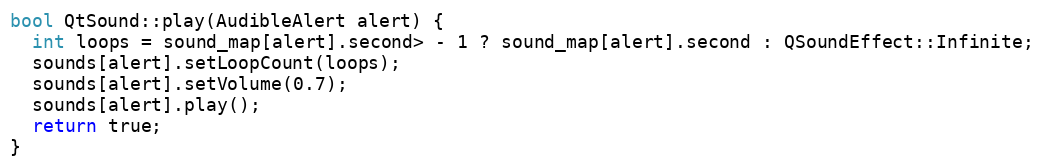
Language: C++
bool QtSound::play(AudibleAlert alert) {
  int loops = sound_map[alert].second> - 1 ? sound_map[alert].second : QSoundEffect::Infinite;
  sounds[alert].setLoopCount(loops);
  sounds[alert].setVolume(0.7);
  sounds[alert].play();
  return true;
}